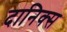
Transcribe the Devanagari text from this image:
दानिक्स